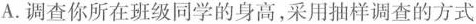
A.调查你所在班级同学的身高，采用抽样调查的方式